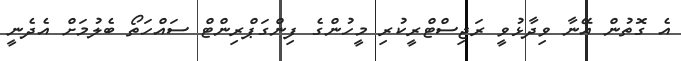
އެ ގޮތުން އޭނާ ވިދާޅުވީ ރަޖިސްޓްރީކުރި މީހުންގެ ފިންގަޕްރިންޓް ސައްހަތޯ ބެލުމަށް އެދެނީ